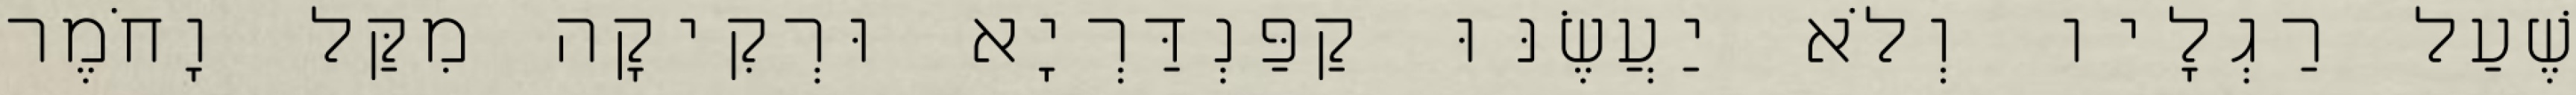
שֶׁעַל רַגְלָיו וְלֹא יַעֲשֶׂנּוּ קַפַּנְדַּרְיָא וּרְקִיקָה מִקַּל וָחֹמֶר